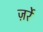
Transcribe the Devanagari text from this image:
ज़र्रे